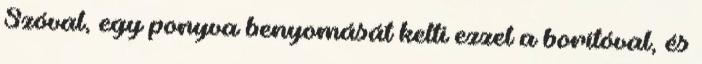
Szóval, egy ponyva benyomását kelti ezzel a borítóval, és